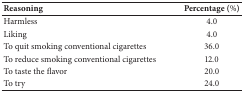
<table><thead><tr><td><b>Reasoning</b></td><td><b>Percentage (%)</b></td></tr></thead><tbody><tr><td>Harmless</td><td>4.0</td></tr><tr><td>Liking</td><td>4.0</td></tr><tr><td>To quit smoking conventional cigarettes</td><td>36.0</td></tr><tr><td>To reduce smoking conventional cigarettes</td><td>12.0</td></tr><tr><td>To taste the flavor</td><td>20.0</td></tr><tr><td>To try</td><td>24.0</td></tr></tbody></table>